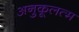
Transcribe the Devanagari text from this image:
अनुकूलत्म